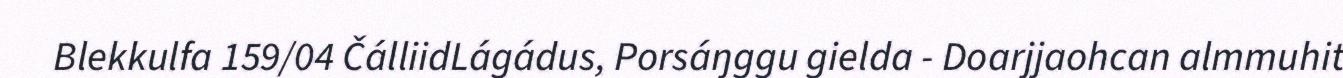
Blekkulfa 159/04 ČálliidLágádus, Porsáŋggu gielda - Doarjjaohcan almmuhit